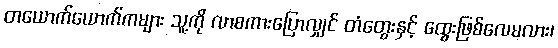
တယောက်ယောက်ကများ သူ့ကို လာစကားပြောလျှင် တံတွေးနှင့် ထွေးဖြစ်လေမလား၊